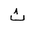
Letter: _tha